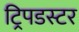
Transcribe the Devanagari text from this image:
ट्रिपडस्टर